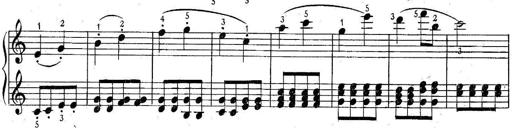
Title: 6 Easy Sonatinas
Composer: Carl Czerny